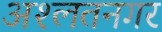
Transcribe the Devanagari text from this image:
अश्लतनगर